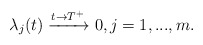
\begin{align*}\lambda_{j}(t)\xrightarrow{t\rightarrow T^{+}} 0, j=1,...,m.\end{align*}